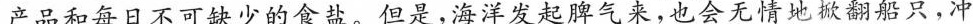
产品和每日不可缺少的食盐。但是，海洋发起脾气来，也会无情地掀翻船只，冲